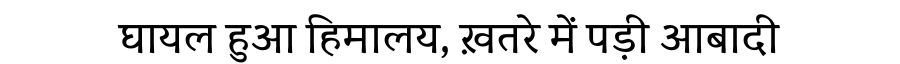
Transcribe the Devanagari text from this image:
घायल हुआ हिमालय, ख़तरे में पड़ी आबादी